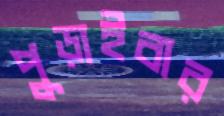
পুড়াইবার